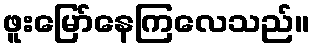
ဖူးမြော်နေကြလေသည်။